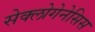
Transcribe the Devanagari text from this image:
सेक्लोगेनेसिस